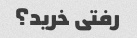
رفتی خرید؟